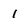
Character: 1